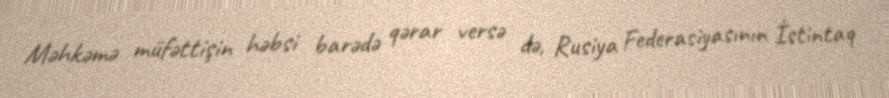
Məhkəmə müfəttişin həbsi barədə qərar versə də, Rusiya Federasiyasının İstintaq